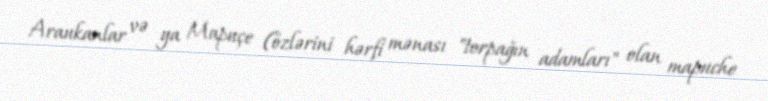
Araukanlar və ya Mapuçe (özlərini hərfi mənası "torpağın adamları" olan mapuche